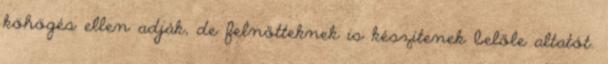
köhögés ellen adják, de felnőtteknek is készítenek belőle altatót.